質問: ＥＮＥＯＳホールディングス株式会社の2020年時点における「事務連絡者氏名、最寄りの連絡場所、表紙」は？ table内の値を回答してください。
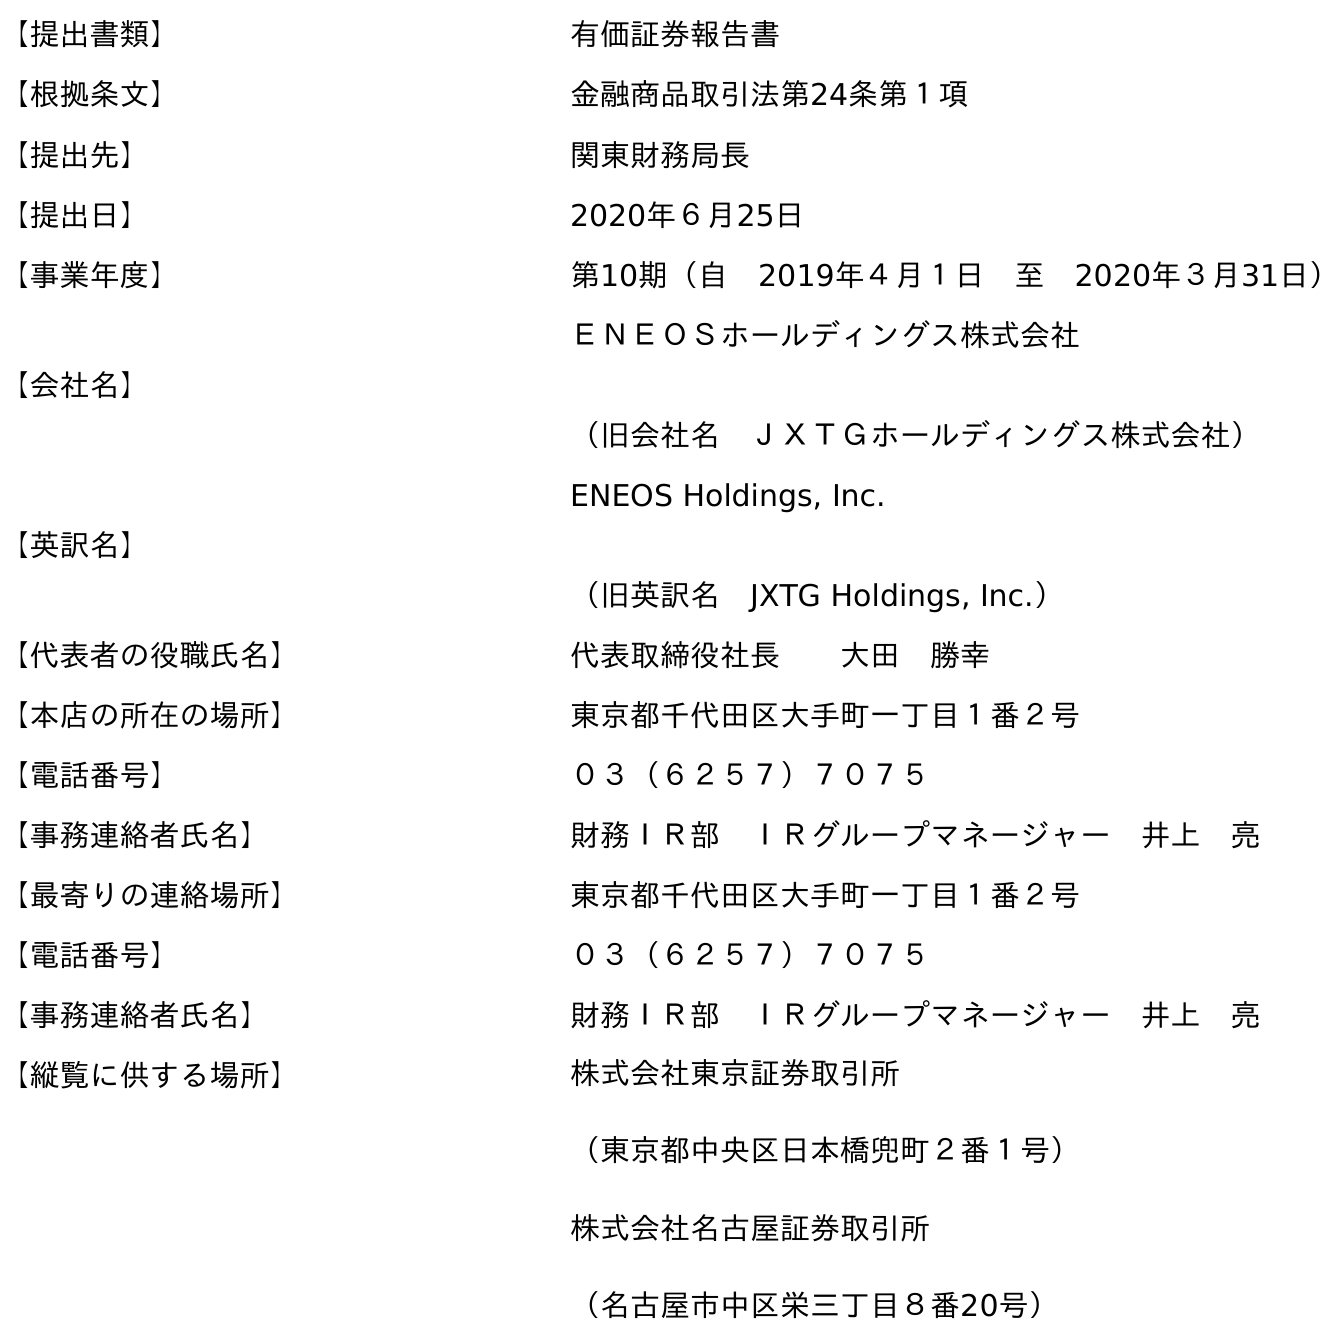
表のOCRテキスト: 【提出書類】 有価証券報告書 【根拠条文】 金融商品取引法第24条第１項 【提出先】 関東財務局長 【提出日】 2020年６月25日 【事業年度】 第10期（自 2019年４月１日 至 2020年３月31日） 【会社名】 ＥＮＥＯＳホールディングス株式会社 （旧会社名 ＪＸＴＧホールディングス株式会社） 【英訳名】 ENEOS Holdings, Inc. （旧英訳名 JXTG Holdings, Inc.） 【代表者の役職氏名】 代表取締役社長  大田 勝幸 【本店の所在の場所】 東京都千代田区大手町一丁目１番２号 【電話番号】 ０３（６２５７）７０７５ 【事務連絡者氏名】 財務ＩＲ部 ＩＲグループマネージャー 井上 亮 【最寄りの連絡場所】 東京都千代田区大手町一丁目１番２号 【電話番号】 ０３（６２５７）７０７５ 【事務連絡者氏名】 財務ＩＲ部 ＩＲグループマネージャー 井上 亮 【縦覧に供する場所】 株式会社東京証券取引所 （東京都中央区日本橋兜町２番１号） 株式会社名古屋証券取引所 （名古屋市中区栄三丁目８番20号）
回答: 財務ＩＲ部　ＩＲグループマネージャー　井上　亮